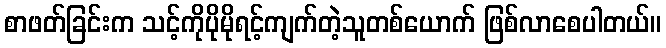
စာဖတ်ခြင်းက သင့်ကိုပိုမိုရင့်ကျက်တဲ့သူတစ်ယောက် ဖြစ်လာစေပါတယ်။